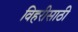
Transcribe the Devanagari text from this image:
विहरीसाठी